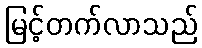
မြင့်တက်လာသည်